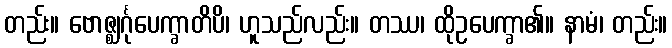
တည်း။ ဗောဇ္ဈင်္ဂုပေက္ခာတိပိ၊ ဟူသည်လည်း။ တဿ၊ ထိုဥပေက္ခာ၏။ နာမံ၊ တည်း။